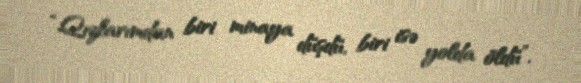
“Qızlarımdan biri minaya düşdü, biri isə yolda öldü”.